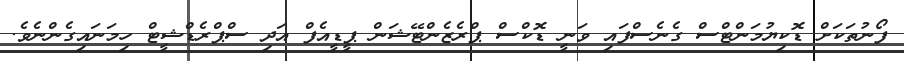
ފޯނުތަކަށް ޑޮކިޔުމަންޓްސް ގެނެސްފައި ވަނީ ޑޮކްސް ޕްރެޒެންޓޭޝަން ޕީޑީއެފް އަދި ސްޕްރެޑްޝީޓް ހިމަނައިގެންނެވެ.